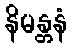
နိမန္တနံ